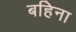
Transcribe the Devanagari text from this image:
बहिना